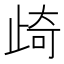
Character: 𭭨